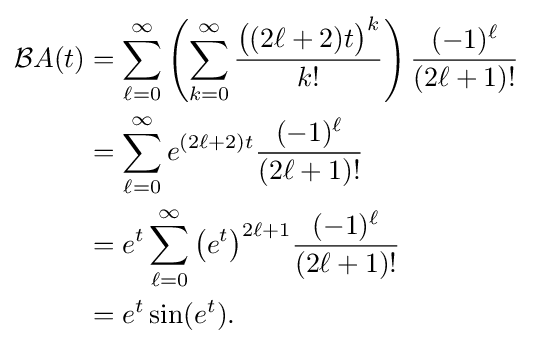
{\begin{aligned}{\mathcal {B}}A(t)&=\sum _{\ell =0}^{\infty }\left(\sum _{k=0}^{\infty }{\frac {{\big (}(2\ell +2)t{\big )}^{k}}{k!}}\right){\frac {(-1)^{\ell }}{(2\ell +1)!}}\\&=\sum _{\ell =0}^{\infty }e^{(2\ell +2)t}{\frac {(-1)^{\ell }}{(2\ell +1)!}}\\&=e^{t}\sum _{\ell =0}^{\infty }{\big (}e^{t}{\big )}^{2\ell +1}{\frac {(-1)^{\ell }}{(2\ell +1)!}}\\&=e^{t}\sin(e^{t}).\end{aligned}}